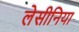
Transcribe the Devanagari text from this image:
लेसीनिया